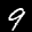
Label: 9